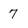
Character: 7